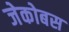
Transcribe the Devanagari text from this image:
जेकोबस